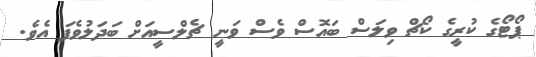
ޕޯޓޯގެ ކުރީގެ ކޯޗް ވިލަސް ބައޮސް ވެސް ވަނީ ޗެލްސީއަށް ބަދަލުވެފަ އެވެ.